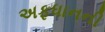
અફધાનની